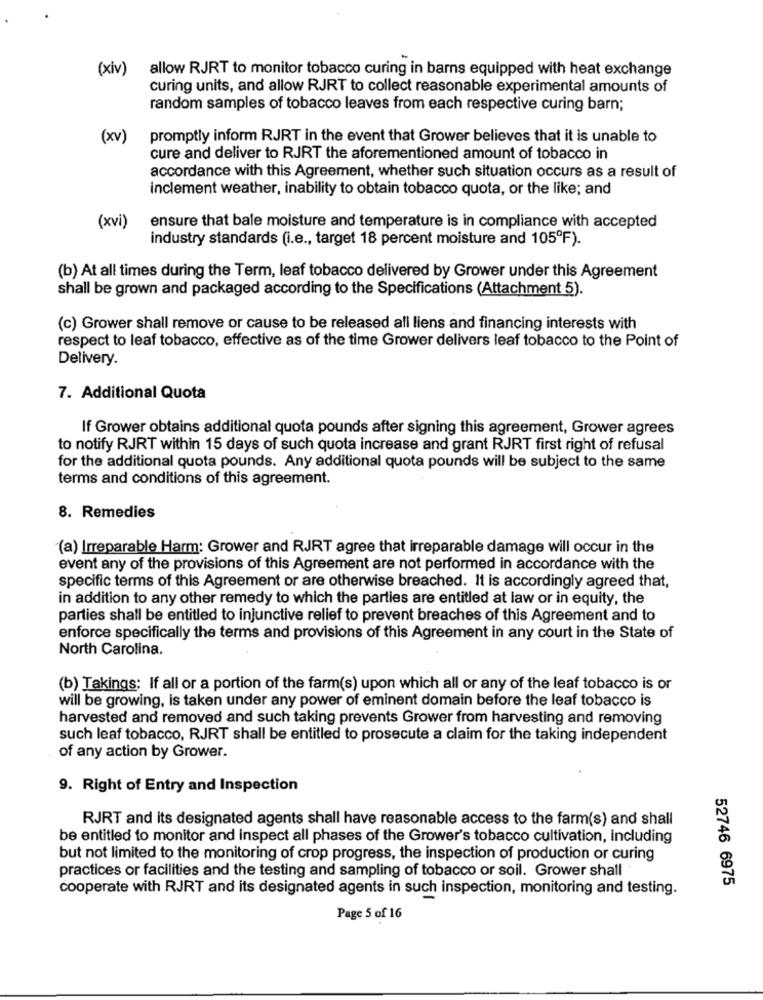
(xiv)
allow RJRT to monitor tobacco curing in barns equipped with heat exchange
curing units, and allow RJRT to collect reasonable experimental amounts of
random samples of tobacco leaves from each respective curing barn;
(xv)
promptly inform RJRT in the event that Grower believes that it is unable to
cure and deliver to RJRT the aforementioned amount of tobacco in
accordance with this Agreement, whether such situation occurs as a result of
inclement weather, inability to obtain tobacco quota, or the like; and
(xvi)
ensure that bale moisture and temperature is in compliance with accepted
industry standards (i.e ., target 18 percent moisture and 105ºF).
(b) At all times during the Term, leaf tobacco delivered by Grower under this Agreement
shall be grown and packaged according to the Specifications (Attachment 5).
(c) Grower shall remove or cause to be released all liens and financing interests with
respect to leaf tobacco, effective as of the time Grower delivers leaf tobacco to the Point of
Delivery.
7. Additional Quota
If Grower obtains additional quota pounds after signing this agreement, Grower agrees
to notify RJRT within 15 days of such quota increase and grant RJRT first right of refusal
for the additional quota pounds. Any additional quota pounds will be subject to the same
terms and conditions of this agreement.
8. Remedies
(a) Irreparable Harm: Grower and RJRT agree that irreparable damage will occur in the
event any of the provisions of this Agreement are not performed in accordance with the
specific terms of this Agreement or are otherwise breached. It is accordingly agreed that,
in addition to any other remedy to which the parties are entitled at law or in equity, the
parties shall be entitled to injunctive relief to prevent breaches of this Agreement and to
enforce specifically the terms and provisions of this Agreement in any court in the State of
North Carolina.
(b) Takings: If all or a portion of the farm(s) upon which all or any of the leaf tobacco is or
will be growing, is taken under any power of eminent domain before the leaf tobacco is
harvested and removed and such taking prevents Grower from harvesting and removing
such leaf tobacco, RJRT shall be entitled to prosecute a claim for the taking independent
of any action by Grower.
9. Right of Entry and Inspection
RJRT and its designated agents shall have reasonable access to the farm(s) and shall
be entitled to monitor and inspect all phases of the Grower's tobacco cultivation, including
but not limited to the monitoring of crop progress, the inspection of production or curing
practices or facilities and the testing and sampling of tobacco or soil. Grower shall
52746 6975
cooperate with RJRT and its designated agents in such inspection, monitoring and testing.
Page 5 of 16